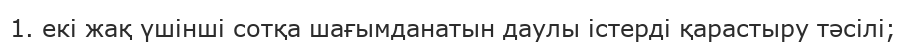
1. екі жақ үшінші сотқа шағымданатын даулы істерді қарастыру тәсілі;